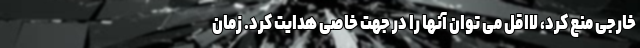
خارجی منع کرد، لااقل می توان آنها را در جهت خاصی هدایت کرد. زمان